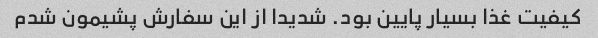
کیفیت غذا بسیار پایین بود. شدیدا از این سفارش پشیمون شدم